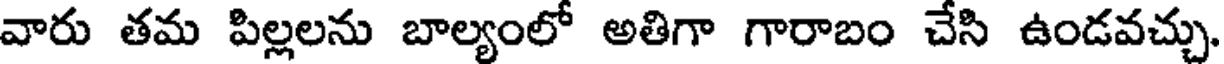
వారు తమ పిల్లలను బాల్యంలో అతిగా గారాబం చేసి ఉండవచ్చు